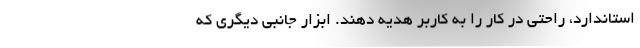
استاندارد، راحتی در کار را به کاربر هدیه دهند. ابزار جانبی دیگری که